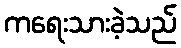
ကရေးသားခဲ့သည်